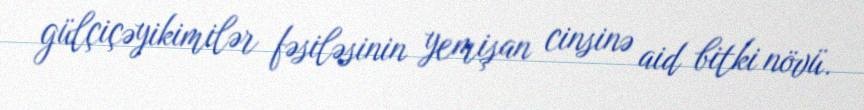
gülçiçəyikimilər fəsiləsinin yemişan cinsinə aid bitki növü.